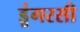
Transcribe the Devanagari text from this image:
डूंगरसी